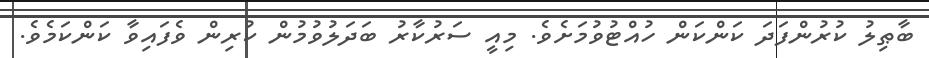
ބާޠިލު ކުރުންފަދަ ކަންކަން ހުއްޓުވުމަށެވެ. މިއީ ސަރުކާރު ބަދަލުވުމުން ކުރިން ވެފައިވާ ކަންކަމެވެ.